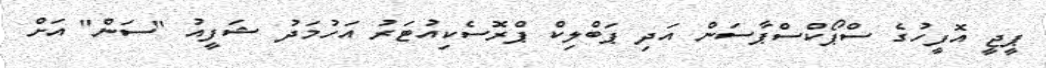
ޕީޖީ އޮފީހުގެ ސްޕޯކްސްޕާސަން އަދި ޕަބްލިކް ޕްރޮސެކިއުޓަރު އަހުމަދު ޝަފީއު "ސަން" އަށް